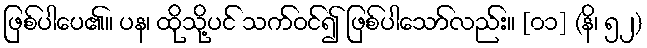
ဖြစ်ပါပေ၏။ ပန၊ ထိုသို့ပင် သက်ဝင်၍ ဖြစ်ပါသော်လည်း။ [၀၁] (နိ၊ ၅၂)